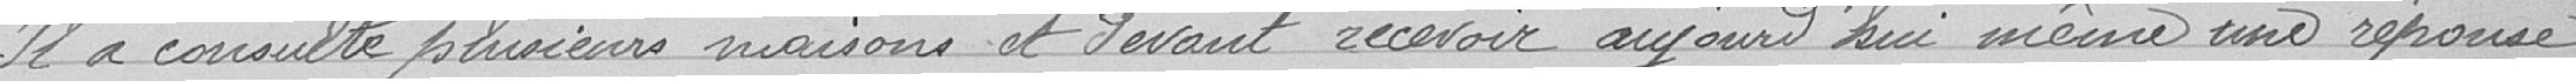
Il a consulté plusieurs maisons et devant recevoir aujourd'hui même une réponse